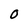
Character: O